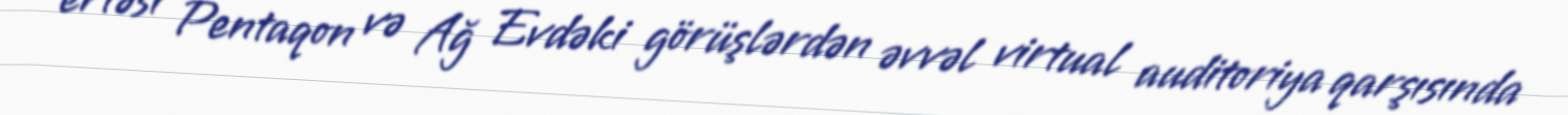
ertəsi Pentaqon və Ağ Evdəki görüşlərdən əvvəl virtual auditoriya qarşısında